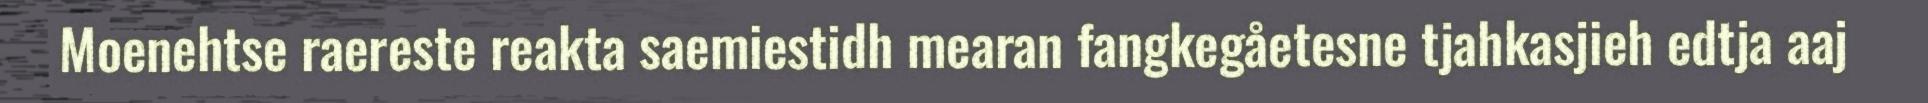
Moenehtse raereste reakta saemiestidh mearan fangkegåetesne tjahkasjieh edtja aaj